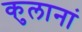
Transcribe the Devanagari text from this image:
कुलानां